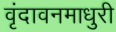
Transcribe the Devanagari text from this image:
वृंदावनमाधुरी